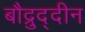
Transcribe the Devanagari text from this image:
बौद्रुद्दीन